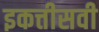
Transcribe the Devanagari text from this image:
इकत्तीसवी